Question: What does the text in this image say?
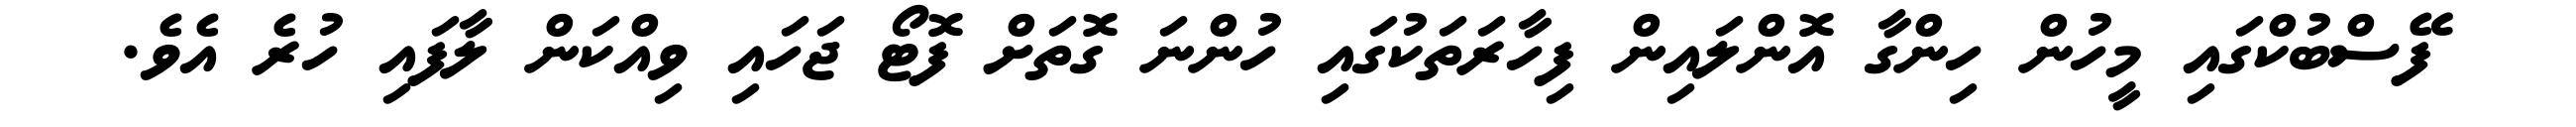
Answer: ފޭސްބުކްގައި މީހުން ހިންގާ އޮންލައިން ފިހާރަތަކުގައި ހުންނަ ގޮތަށް ފޮޓޯ ޖަހައި ވިއްކަން ލާފައި ހުރެ އެވެ.